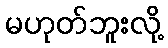
မဟုတ်ဘူးလို့